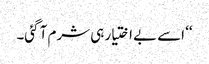
‘‘ اسے بے اختیار ہی شرم آ گئی۔